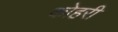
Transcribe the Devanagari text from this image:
कोहरी